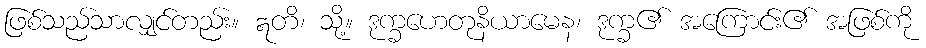
ဖြစ်သည်သာလျှင်တည်း။ ဣတိ၊ သို့။ ဒုက္ခဟေတုနိယာမေန၊ ဒုက္ခ၏ အကြောင်း၏ အဖြစ်ကို